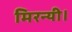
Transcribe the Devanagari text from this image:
मिरन्यी।